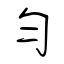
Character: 勻